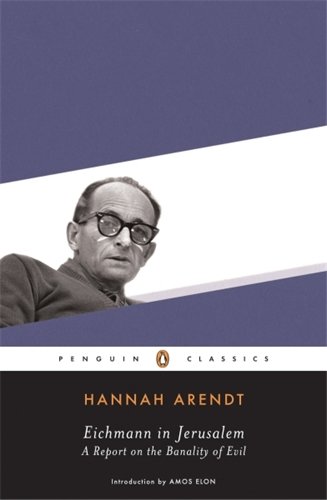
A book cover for Eichmann in Jerusalem: A Report on the Banality of Evil (Penguin Classics); Hannah Arendt; Literature & Fiction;